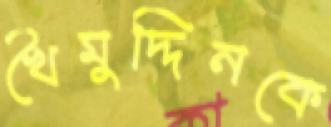
খৈমুদ্দিনকে